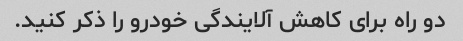
دو راه برای کاهش آلایندگی خودرو را ذکر کنید.